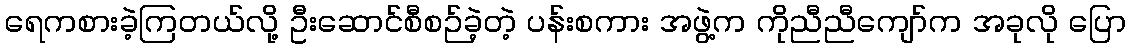
ရေကစားခဲ့ကြတယ်လို့ ဦးဆောင်စီစဉ်ခဲ့တဲ့ ပန်းစကား အဖွဲ့က ကိုညီညီကျော်က အခုလို ပြော